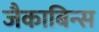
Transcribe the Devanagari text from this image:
जैकाबिन्स